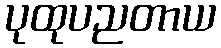
ပုထုပညတာယ